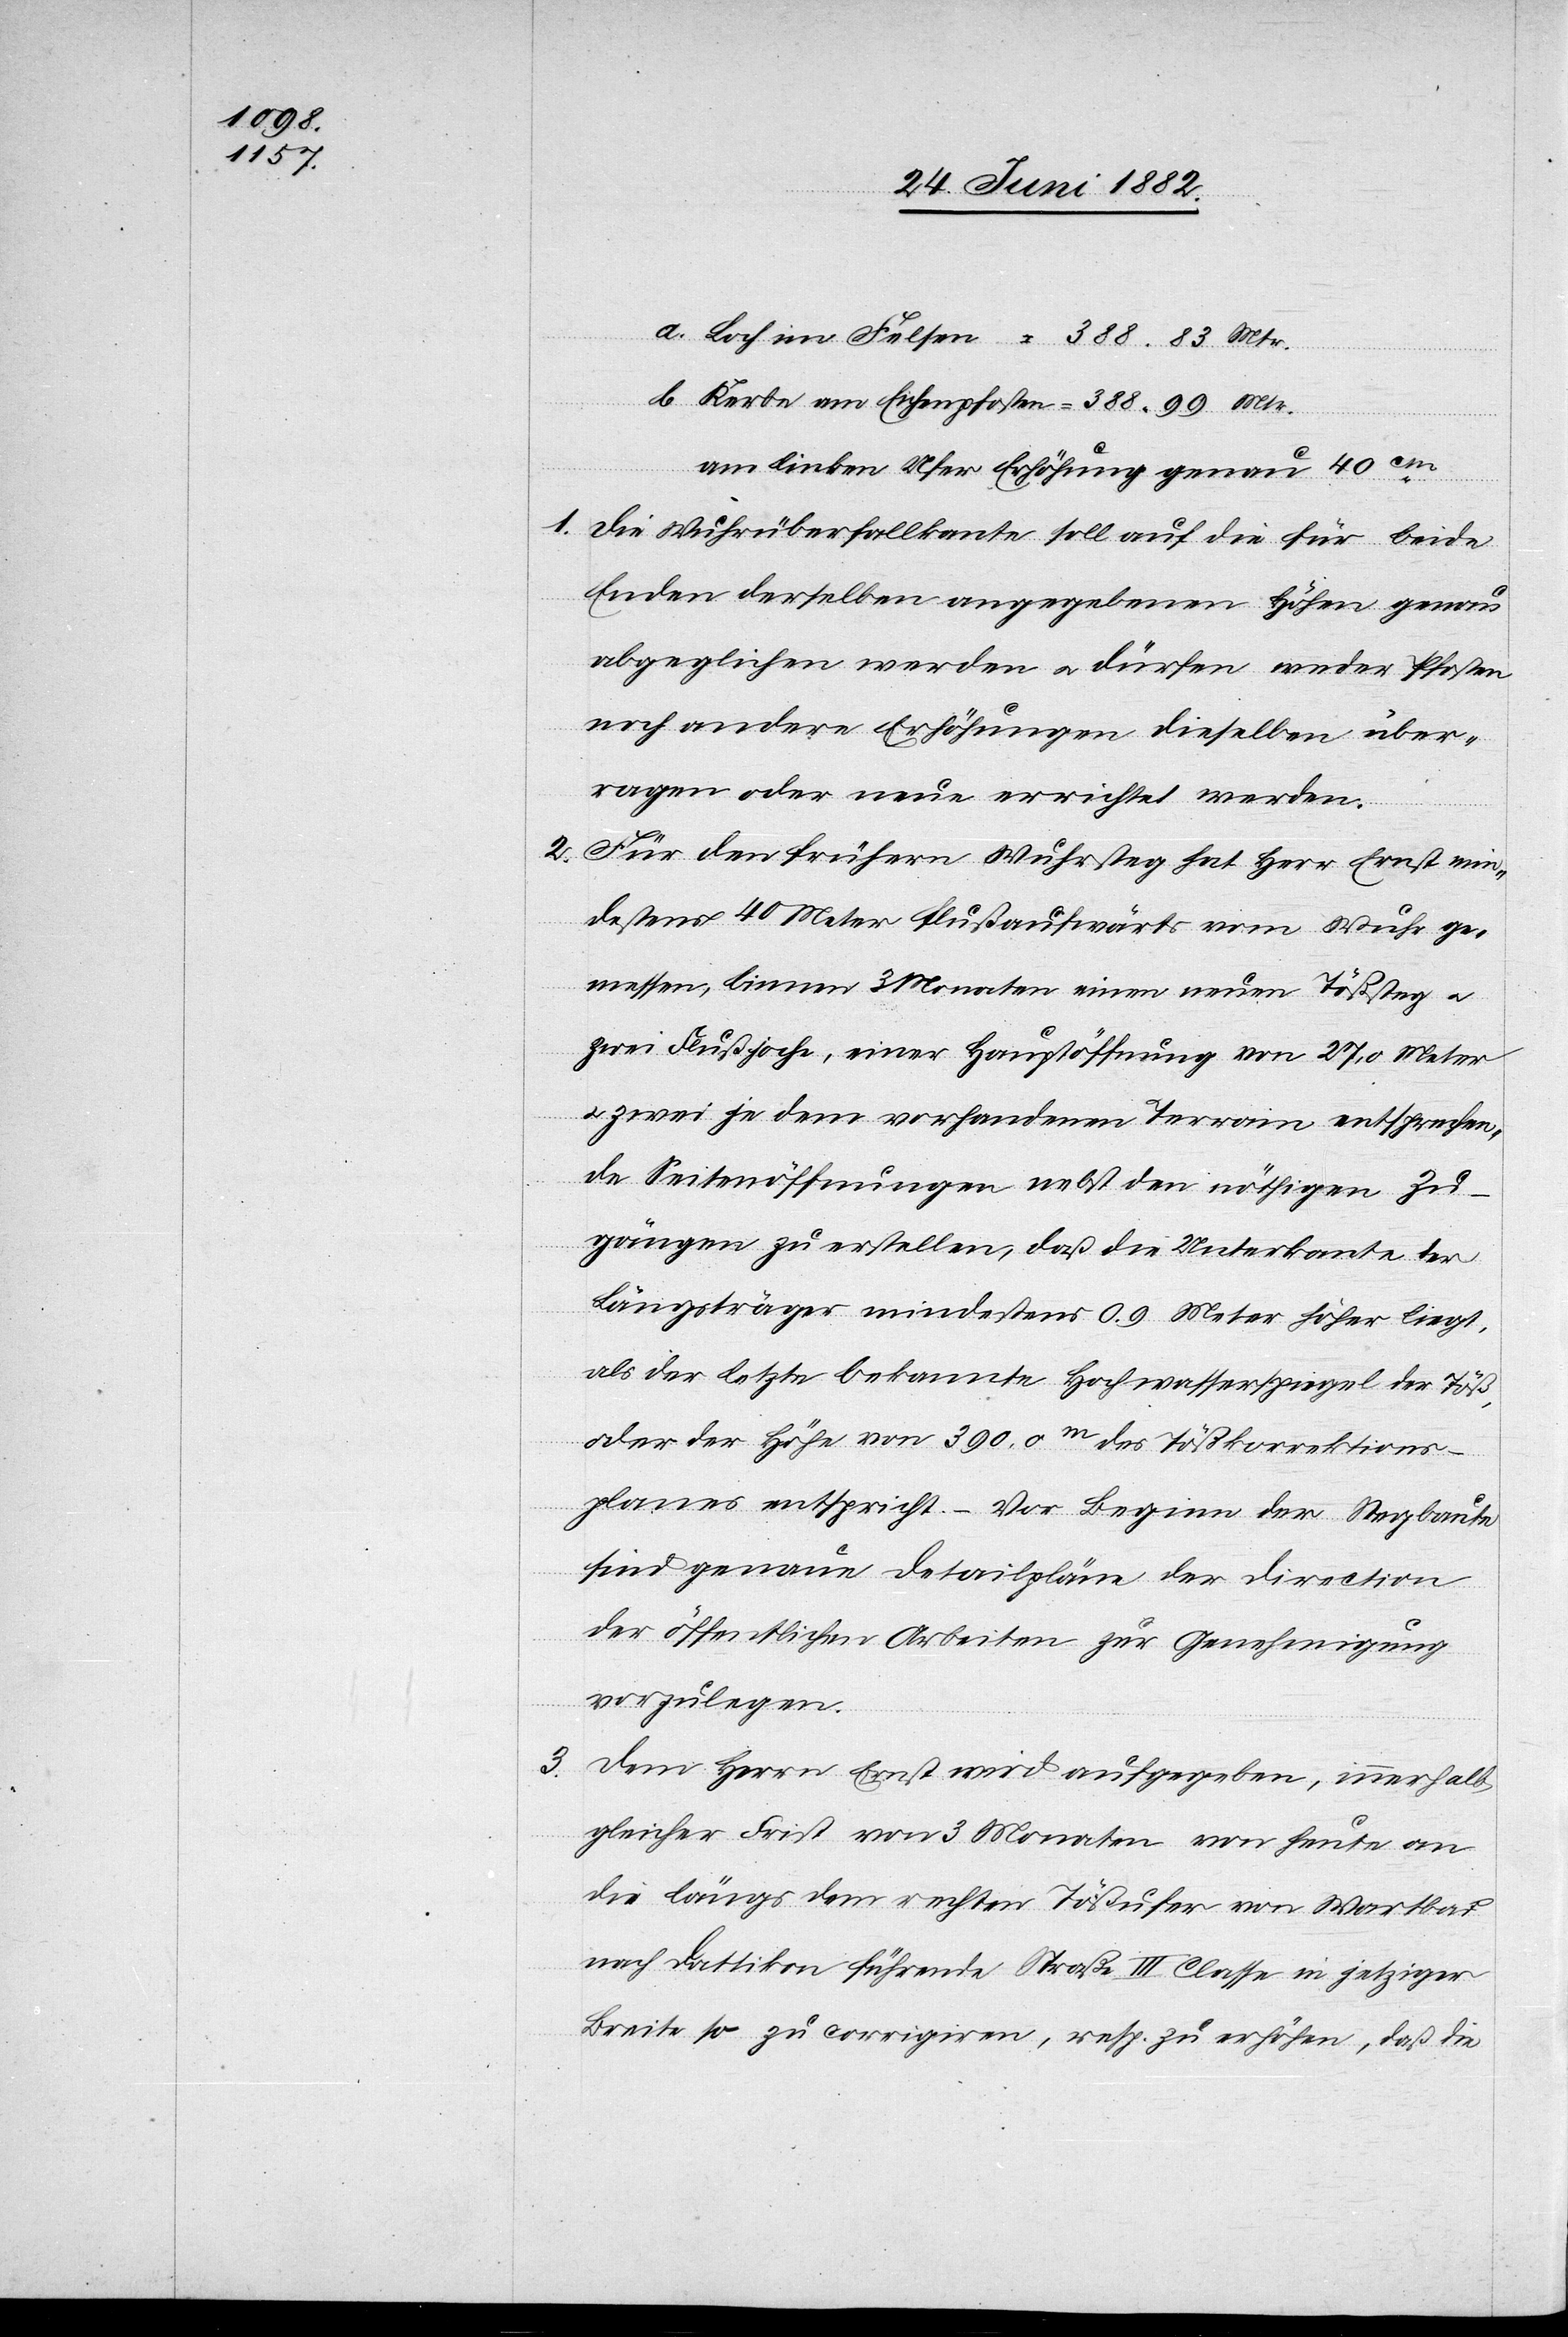
entspricht.

3.

a. Loch im Felsen = 388.83 Mtr.
b. Kerbe am Eichenpfosten = 388.99 Mtr.
am linken Ufer Erhöhung genau 40cm,
planes
1. Die Wuhrüberfallkante soll auf die für beide
Enden derselben angegebenen Höhen genau
abgeglichen werden u. dürfen weder Pfosten
noch andere Erhöhungen dieselben über¬
ragen oder neue errichtet werden.
2. Für den frühern Wuhrsteg hat Herr Ernst min¬
destens 40 Meter flußaufwärts vom Wuhr ge¬
messen, binnen 3 Monaten einen neuen Tößsteg u.
zwei Flußjoche, [mit] einer Hauptöffnung von 27,0 Meter
u. zwei je dem vorhandenen Terrain entsprechen¬
de[n] Seitenöffnungen nebst den nöthigen Zu¬
gängen zu erstellen, [so] daß die Unterkante der
Längsträger mindestens 0.9 Meter höher liegt,
als der letzte bekannte Hochwasserspiegel der Töß,
oder der Höhe von 390,0m des Tößkorrektions¬
Dem Herrn Ernst wird aufgegeben, innerhalb
gleicher Frist von 3 Monaten von heute an
die längs dem rechten Tößufer von Wartbad
nach Dätt[l]ikon führende Straße III. Classe in jetziger
Breite so zu corrigiren, resp. zu erhöhen, daß die